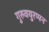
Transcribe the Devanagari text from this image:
गुरुवयुरप्पन